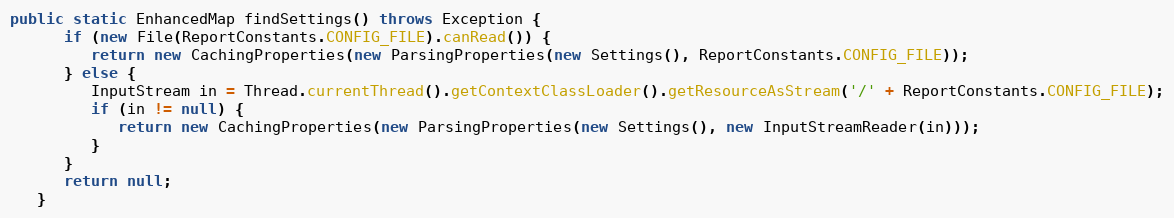
Language: Java
public static EnhancedMap findSettings() throws Exception {
      if (new File(ReportConstants.CONFIG_FILE).canRead()) {
         return new CachingProperties(new ParsingProperties(new Settings(), ReportConstants.CONFIG_FILE));
      } else {
         InputStream in = Thread.currentThread().getContextClassLoader().getResourceAsStream('/' + ReportConstants.CONFIG_FILE);
         if (in != null) {
            return new CachingProperties(new ParsingProperties(new Settings(), new InputStreamReader(in)));
         }
      }
      return null;
   }